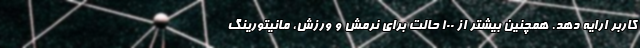
کاربر ارایه دهد. همچنین بیشتر از ۱۰۰ حالت برای نرمش و ورزش، مانیتورینگ